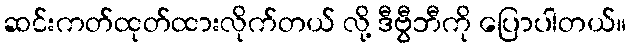
ဆင်းကတ်ထုတ်ထားလိုက်တယ် လို့ ဒီဗွီဘီကို ပြောပါတယ်။